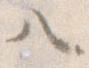
ハ